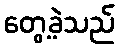
တွေ့ခဲ့သည်